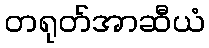
တရုတ်အာဆီယံ